Vabadussoja_Ajaloo_Komitee, lk 23
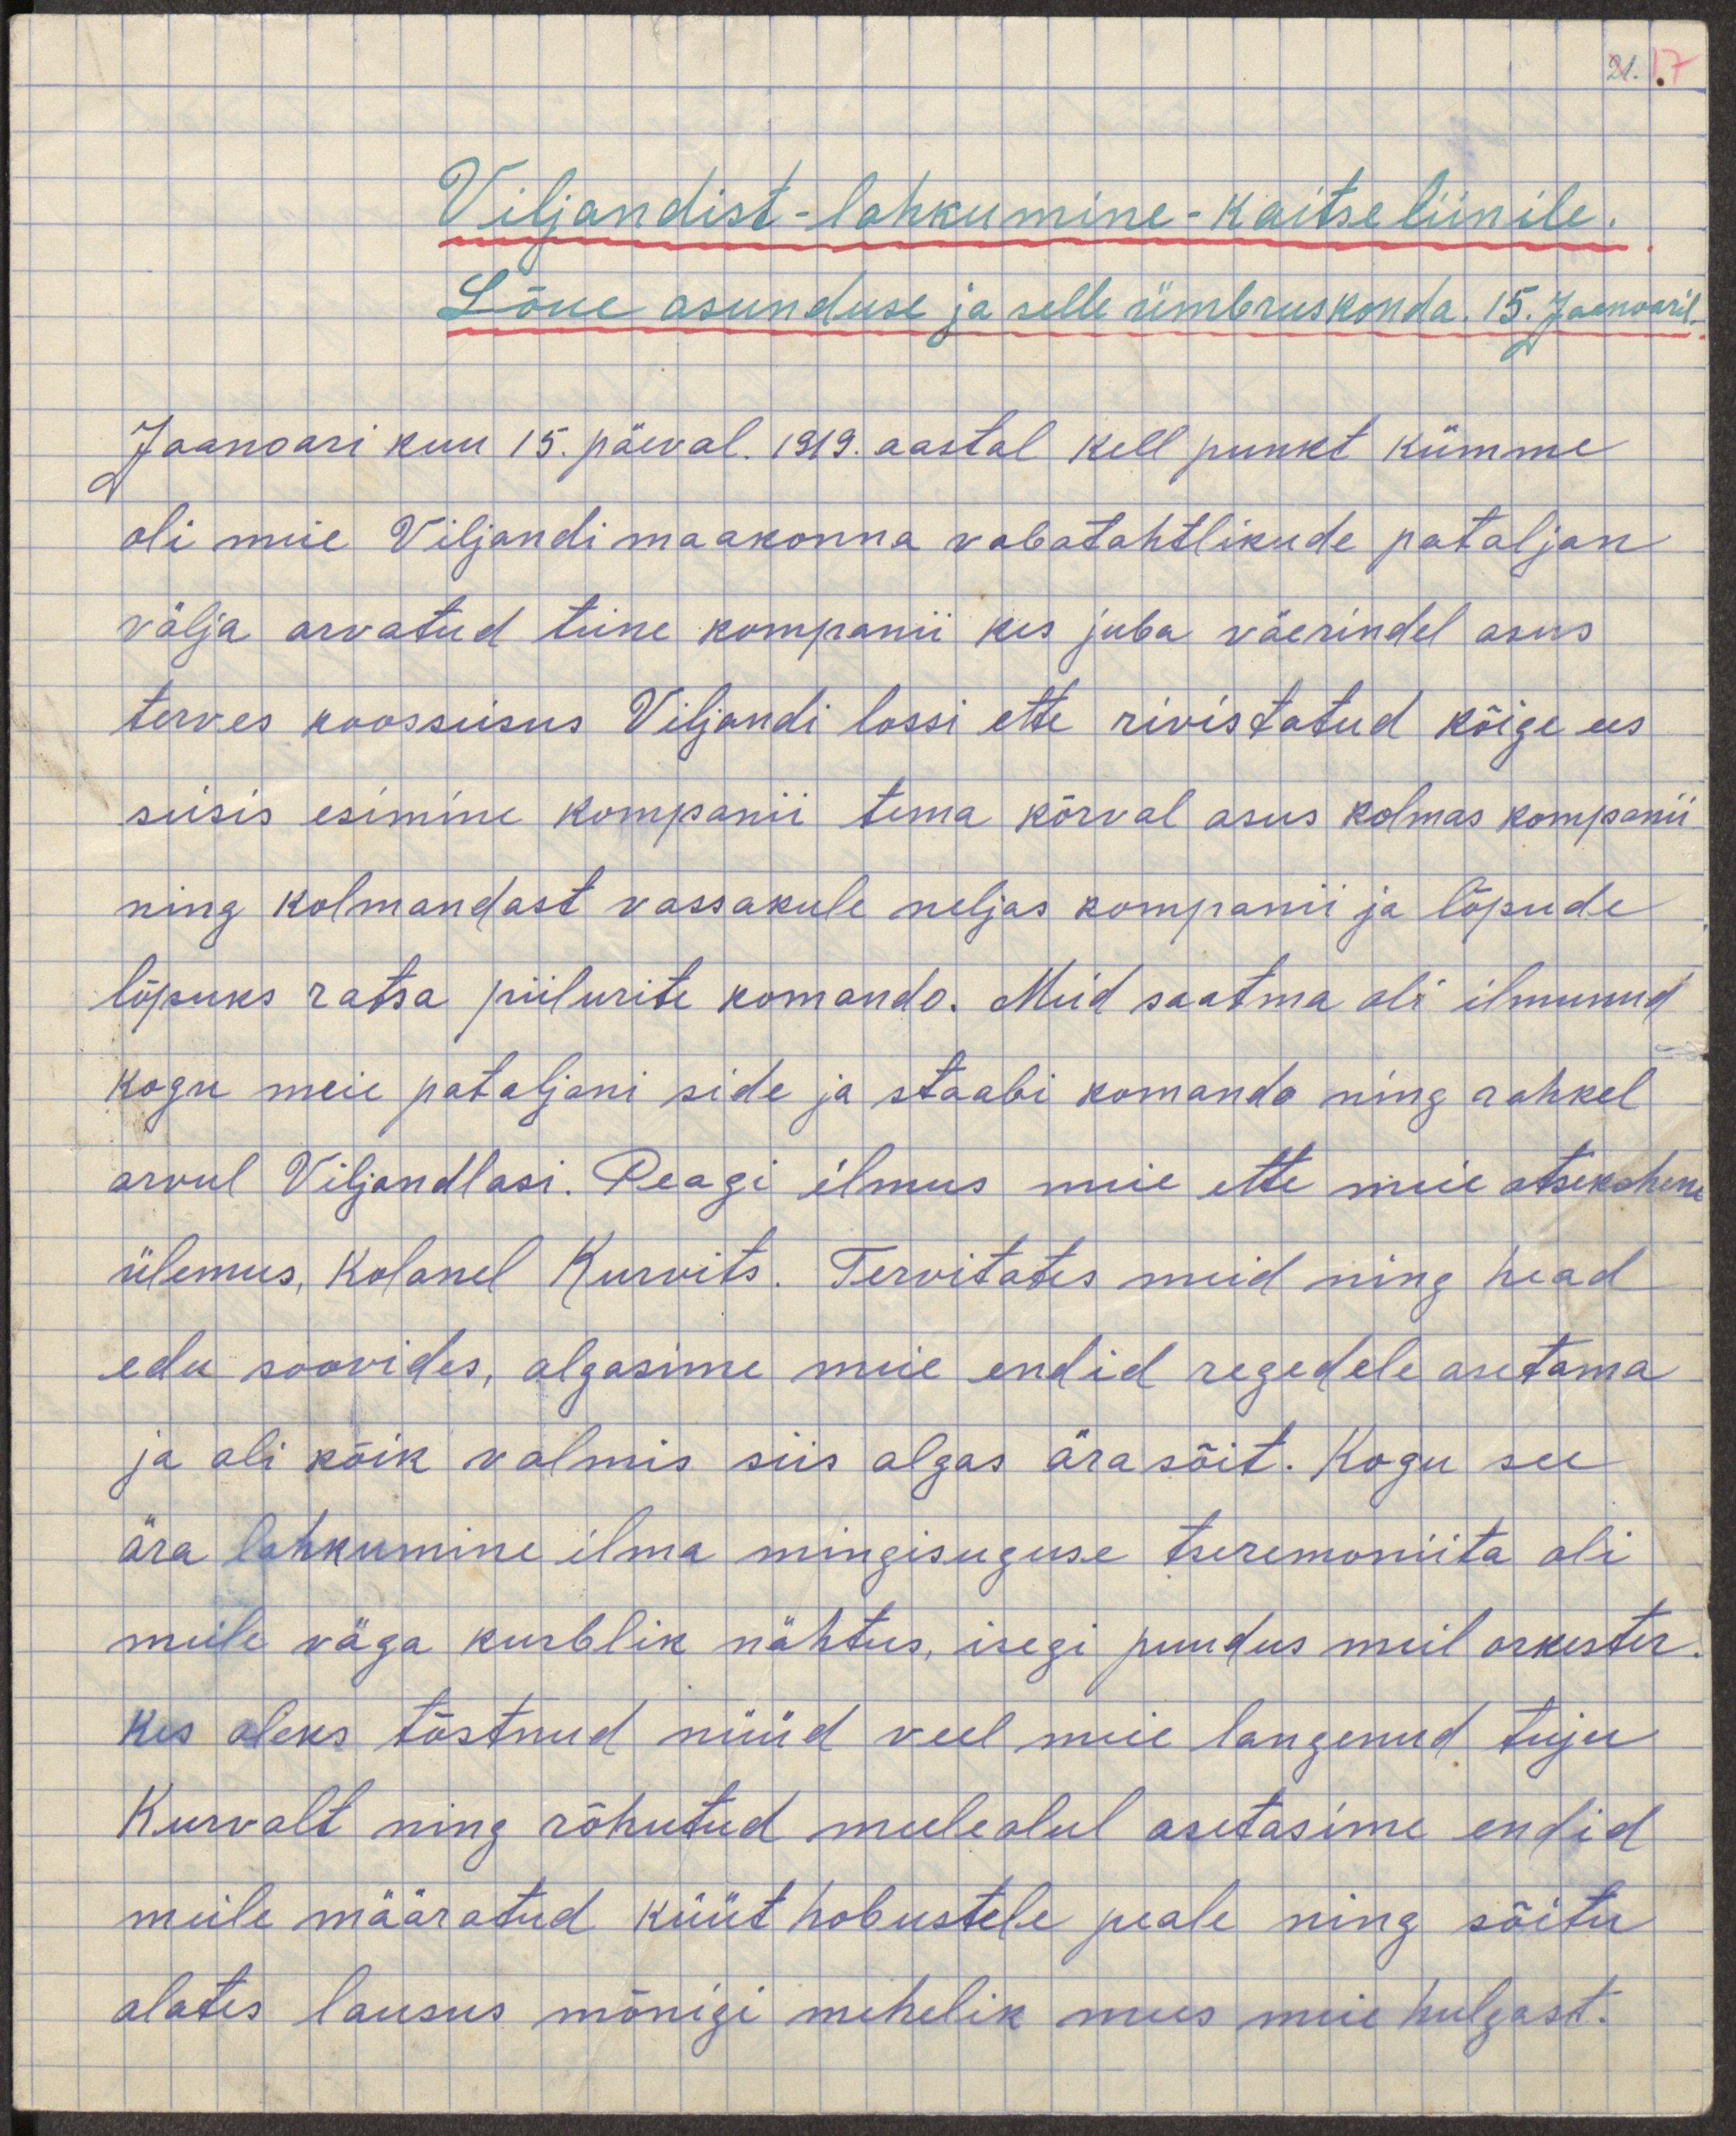
Viljandist lahkumine - kaitseliinile.
Lõue asunduse ja selle ümbruskonda 15. Jaanuaril.
Jaanoari kuu 15. päeval 1919. aastal kell punkt kümme
oli meie Viljandi maakonna vabatahtlikude pataljon
välja arvatud teine kompanii kes juba väerindel asus
terves koosseisus Viljandi lossi ette rivistatud kõige ees
seisis esimene kompanii tema kõrval asus kolmas kompanii
ning kolmandast vassakule neljas kompanii ja lõpude
lõpuks ratsa piilurite komando. Meid saatma oli ilmunud
kogu meie pataljoni side ja staabi komando ning rohkel
arvul Viljandilasi. Peagi ilmus meie ette meie otsekohene
ülemus, Kolonel Kurvits. Tervitates meid ning head
edu soovides algasime meie endid regedele asetama
ja oli kõik valmis siis algas ärasõit. Kogu see
ära lahkumine ilma mingisuguse tseremoniita oli
meile väga kurblik nähtus, isegi puudus meil orkester.
Kes oleks tõstnud nüüd veel meie langenud tuju
Kurvalt ning rõhutud meeleolul asetasime endid
meile määratud küüt hobustele peale ning sõitu
alates lausus mõnigi mehelik mees meie hulgast